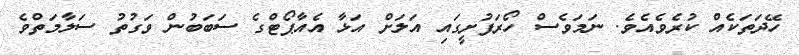
ހޭދަތަކެއް ކުރެވެއެވެ. ނަމަވެސް ހޯރަފުށީގައި އަލަށް އަޅާ އެއާޕޯޓްގެ ސަބަބުން ވަގުތު ސަލާމަތްވެ